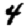
Digit: 4